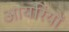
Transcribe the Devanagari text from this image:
आयरियों